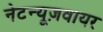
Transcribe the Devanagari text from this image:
नेटन्यूज़वायर